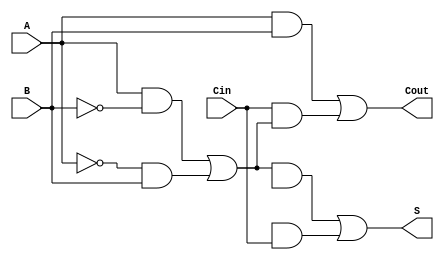
module TransmissionGateFullAdder (
    input wire A,     // First input bit
    input wire B,     // Second input bit
    input wire Cin,   // Carry-in bit
    output wire S,    // Sum output
    output wire Cout   // Carry-out output
);

// Internal wires for intermediate calculations
wire A_xor_B;      // Intermediate wire for A XOR B
wire A_xor_B_xor_Cin; // Intermediate wire for (A XOR B) XOR Cin
wire A_and_B;      // Intermediate wire for A AND B
wire Cin_and_A_xor_B; // Intermediate wire for Cin AND (A XOR B)

// Transmission Gate for A XOR B
wire A_bar, B_bar;
not(A_bar, A);
not(B_bar, B);

// Transmission Gate for A AND B
assign A_and_B = A & B;

// Calculate A XOR B using transmission gates
assign A_xor_B = (A & B_bar) | (A_bar & B);

// Calculate (A XOR B) XOR Cin using transmission gates
assign A_xor_B_xor_Cin = (A_xor_B & Cin_bar) | (A_bar_xor_B & Cin);

// Calculate Cin AND (A XOR B) using transmission gates
assign Cin_and_A_xor_B = Cin & A_xor_B;

// Calculate Cout using transmission gates
assign Cout = A_and_B | Cin_and_A_xor_B;

// Final Sum output S
assign S = A_xor_B_xor_Cin;

endmodule